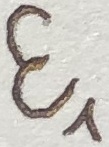
Text: E1